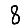
Digit: 8